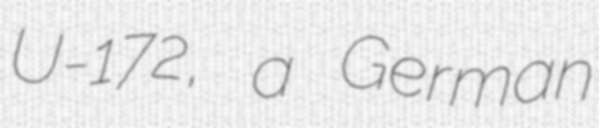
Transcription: U-172, a German